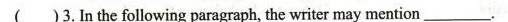
( )3.In the following paragraphthe writer may mention___________.